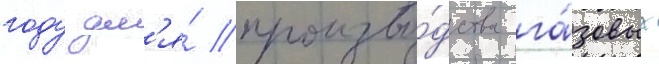
году дл'я́ произво́дства га́зовых